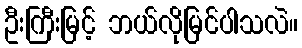
ဦးကြီးမြင့် ဘယ်လိုမြင်ပါသလဲ။